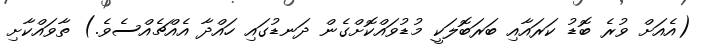
(އެއަށް ވުރެ ބޮޑު ކަރައާއި ބަރަބޮލަކީ މުޑުވައްކޮށްގެން ދަނޑުގައި ހައްދާ އެއްޗެއްސެވެ.) ތާވައްކާށި